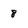
Character: 8